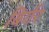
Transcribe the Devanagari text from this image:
बिर्गर